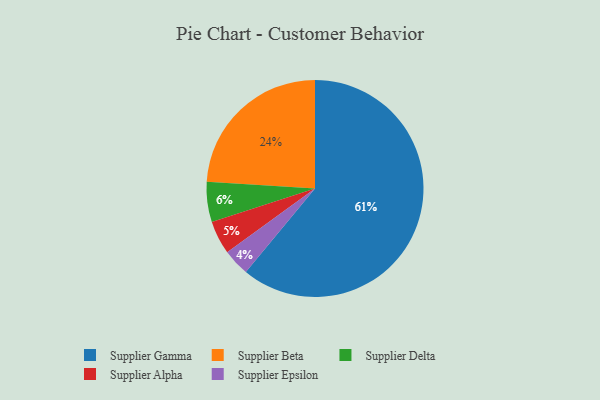
{"axis": {"x": "Category", "y": "Percentage"}, "legend": ["Supplier Alpha", "Supplier Beta", "Supplier Delta", "Supplier Epsilon", "Supplier Gamma"], "data": [{"x": "Supplier Alpha", "y": 5, "type": "Supplier Alpha"}, {"x": "Supplier Epsilon", "y": 4, "type": "Supplier Epsilon"}, {"x": "Supplier Beta", "y": 24, "type": "Supplier Beta"}, {"x": "Supplier Gamma", "y": 61, "type": "Supplier Gamma"}, {"x": "Supplier Delta", "y": 6, "type": "Supplier Delta"}]}